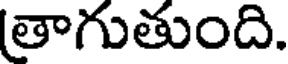
తాగుతుంది.